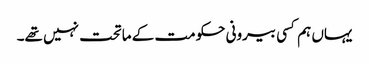
یہاں ہم کسی بیرونی حکومت کے ماتحت نہیں تھے۔